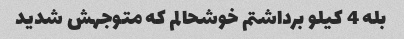
بله 4 کیلو برداشتم خوشحالم که متوجهش شدید